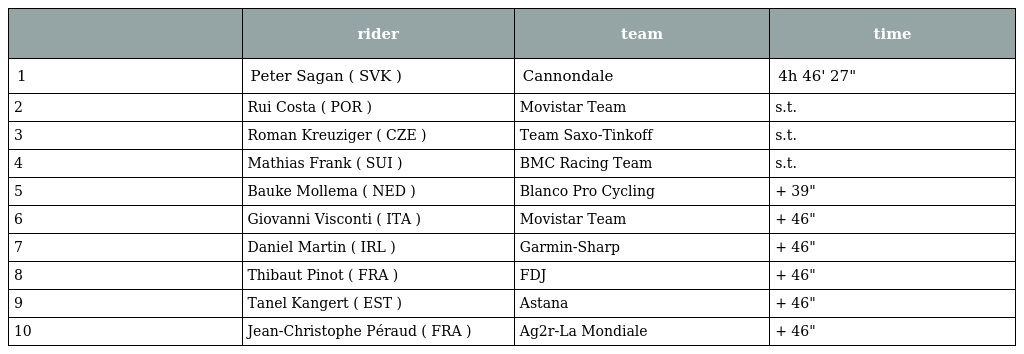
|  | rider | team | time |
 | --- | --- | --- | --- |
 | 1 | Peter Sagan ( SVK ) | Cannondale | 4h 46' 27" |
 | 2 | Rui Costa ( POR ) | Movistar Team | s.t. |
 | 3 | Roman Kreuziger ( CZE ) | Team Saxo-Tinkoff | s.t. |
 | 4 | Mathias Frank ( SUI ) | BMC Racing Team | s.t. |
 | 5 | Bauke Mollema ( NED ) | Blanco Pro Cycling | + 39" |
 | 6 | Giovanni Visconti ( ITA ) | Movistar Team | + 46" |
 | 7 | Daniel Martin ( IRL ) | Garmin-Sharp | + 46" |
 | 8 | Thibaut Pinot ( FRA ) | FDJ | + 46" |
 | 9 | Tanel Kangert ( EST ) | Astana | + 46" |
 | 10 | Jean-Christophe Péraud ( FRA ) | Ag2r-La Mondiale | + 46" |